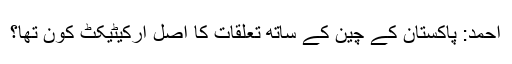
احمد: پاکستان کے چین کے ساتھ تعلقات کا اصل آرکیٹیکٹ کون تھا؟